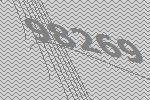
98269